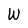
Character: W